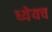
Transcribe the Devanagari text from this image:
ध्येयच